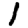
Digit: 1